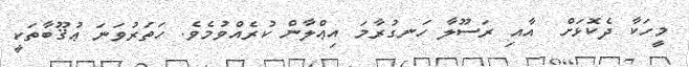
މީހަކާ ދެކޮޅަށް  އާއި ރަސޫލާ ހަނގުރާމަ އިޢްލާން ކުރެއްވުމެވެ. ހަތަރުވަނަ ޢުޤޫބާތަކީ